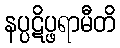
နပ္ပဋိပ္ဖရာမီတိ